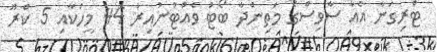
ޓްރިގަނާ އެއާ ސާވިސްގެ މަތިންދާ ބޯޓު ވެއްޓުނުއިރު 44 މީހަކާއި 5 ކްރޫ